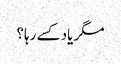
مگر یاد کسے رہا؟